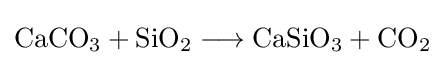
{\mathrm {CaCO} {\vphantom {A}}_{\smash[{t}]{3}}{}+{}\mathrm {SiO} {\vphantom {A}}_{\smash[{t}]{2}}{}\mathrel {\longrightarrow } {}\mathrm {CaSiO} {\vphantom {A}}_{\smash[{t}]{3}}{}+{}\mathrm {CO} {\vphantom {A}}_{\smash[{t}]{2}}}